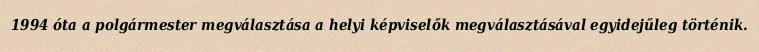
1994 óta a polgármester megválasztása a helyi képviselők megválasztásával egyidejűleg történik.